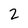
Character: 2